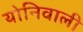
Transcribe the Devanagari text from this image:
योनिवाली